Report on vaccination in the Province of Bengal - 1869-1873
Year: 1869
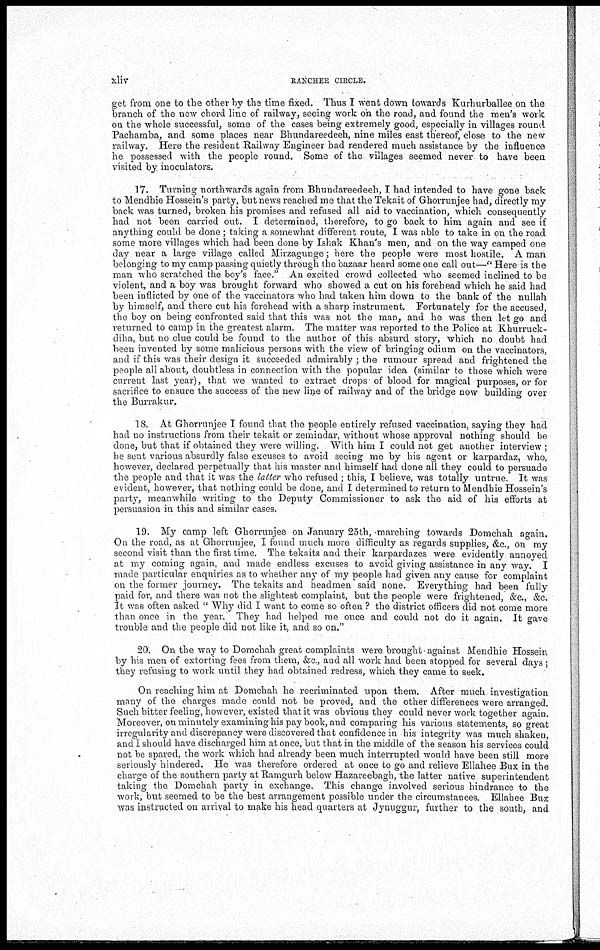
xliv
RANCHEE CIRCLE.
get from one to the other by the time fixed. Thus I went down towards Kurhurballee on the
branch of the new chord line of railway, seeing work on the road, and found the men's work
on the whole successful, some of the cases being extremely good, especially in villages round
Pachamba, and some places near Bhundareedeeh, nine miles east thereof, close to the new
railway. Here the resident Railway Engineer had rendered much assistance by the influence
he possessed with the people round. Some of the villages seemed never to have been
visited by inoculators.
17. Turning northwards again from Bhundareedeeh, I had intended to have gone back
to Mendhie Hossein's party, but news reached me that the Tekait of Ghorrunjee had, directly my
back was turned, broken his promises and refused all aid to vaccination, which consequently
had not been carried out. I determined, therefore, to go back to him again and see if
anything could be done; taking a somewhat different route, I was able to take in on the road
some more villages which had been done by Ishak Khan's men, and on the way camped one
day near a large village called Mirzagunge; here the people were most hostile. A man
belonging to my camp passing quietly through the bazaar heard some one call out—" Here is the
man who scratched the boy's face." An excited crowd collected who seemed inclined to be
violent, and a boy was brought forward who showed a cut on his forehead which he said had
been inflicted by one of the vaccinators who had taken him down to the bank of the nullah
by himself, and there cut his forehead with a sharp instrument. Fortunately for the accused,
the boy on being confronted said that this was not the man, and he was then let go and
returned to camp in the greatest alarm. The matter was reported to the Police at Khurruck-
diha, but no clue could be found to the author of this absurd story, which no doubt had
been invented by some malicious persons with the view of bringing odium on the vaccinators,
and if this was their design it succeeded admirably ; the rumour spread and frightened the
people all about, doubtless in connection with the popular idea (similar to those which were
current last year), that we wanted to extract drops of blood for magical purposes, or for
sacrifice to ensure the success of the new line of railway and of the bridge now building over
the Burrakur,
18. At Ghorrunjee I found that the people entirely refused vaccination, saying they had
had no instructions from their tekait or zemindar, without whose approval nothing should be
done, but that if obtained they were willing. With him I could not get another interview ;
he sent various absurdly false excuses to avoid seeing me by his agent or karpardaz, who,
however, declared perpetually that his master and himself had done all they could to persuade
the people and that it was the latter who refused ; this, I believe, was totally untrue. It was
evident, however, that nothing could be done, and I determined to return to Mendhie Hossein's
party, meanwhile writing to the Deputy Commissioner to ask the aid of his efforts at
persuasion in this and similar cases.
19. My camp left Ghorrunjee on January 25th, marching towards Domchah again.
On the road, as at Ghorrunjee, I found much more difficulty as regards supplies, &c., on my
second visit than the first time. The tekaits and their karpardazes were evidently annoyed
at my coming again, and made endless excuses to avoid giving assistance in any way. I
made particular enquiries as to whether any of my people had given any cause for complaint
on the former journey. The tekaits and headmen said none. Everything had been fully
paid for, and there was not the slightest complaint, but the people were frightened, &c., &c.
It was often asked " Why did I want to come so often ? the district officers did not come more
than once in the year. They had helped me once and could not do it again. It gave
trouble and the people did not like it, and so on."
20. On the way to Domehah great complaints were brought against Mendhie Hossein
by his men of extorting fees from them, &c., and all work had been stopped for several days ;
they refusing to work until they had obtained redress, which they came to seek.
On reaching him at Domchah he recriminated upon them. After much investigation
many of the charges made could not be proved, and the other differences were arranged.
Such bitter feeling, however, existed that it was obvious they could never work together again.
Moreover, on minutely examining his pay book, and comparing his various statements, so great
irregularity and discrepancy were discovered that confidence in his integrity was much shaken,
and I should have discharged him at once, but that in the middle of the season his services could
not be spared, the work which had already been much interrupted would have been still more
seriously hindered. He was therefore ordered at once to go and relieve Ellahee Bux in the
charge of the southern party at Ramgurh below Hazareebagh, the latter native superintendent
taking the Domchah party in exchange. This change involved serious hindrance to the
work, but seemed to be the best arrangement possible under the circumstances. Ellahee Bux
was instructed on arrival to make his head quarters at Jynuggur, further to the south, and